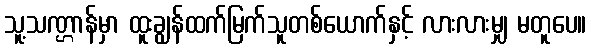
သူ့သဏ္ဌာန်မှာ ထူးချွန်ထက်မြက်သူတစ်ယောက်နှင့် လားလားမျှ မတူပေ။